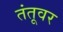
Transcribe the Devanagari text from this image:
तंतूवर